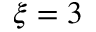
\xi = 3